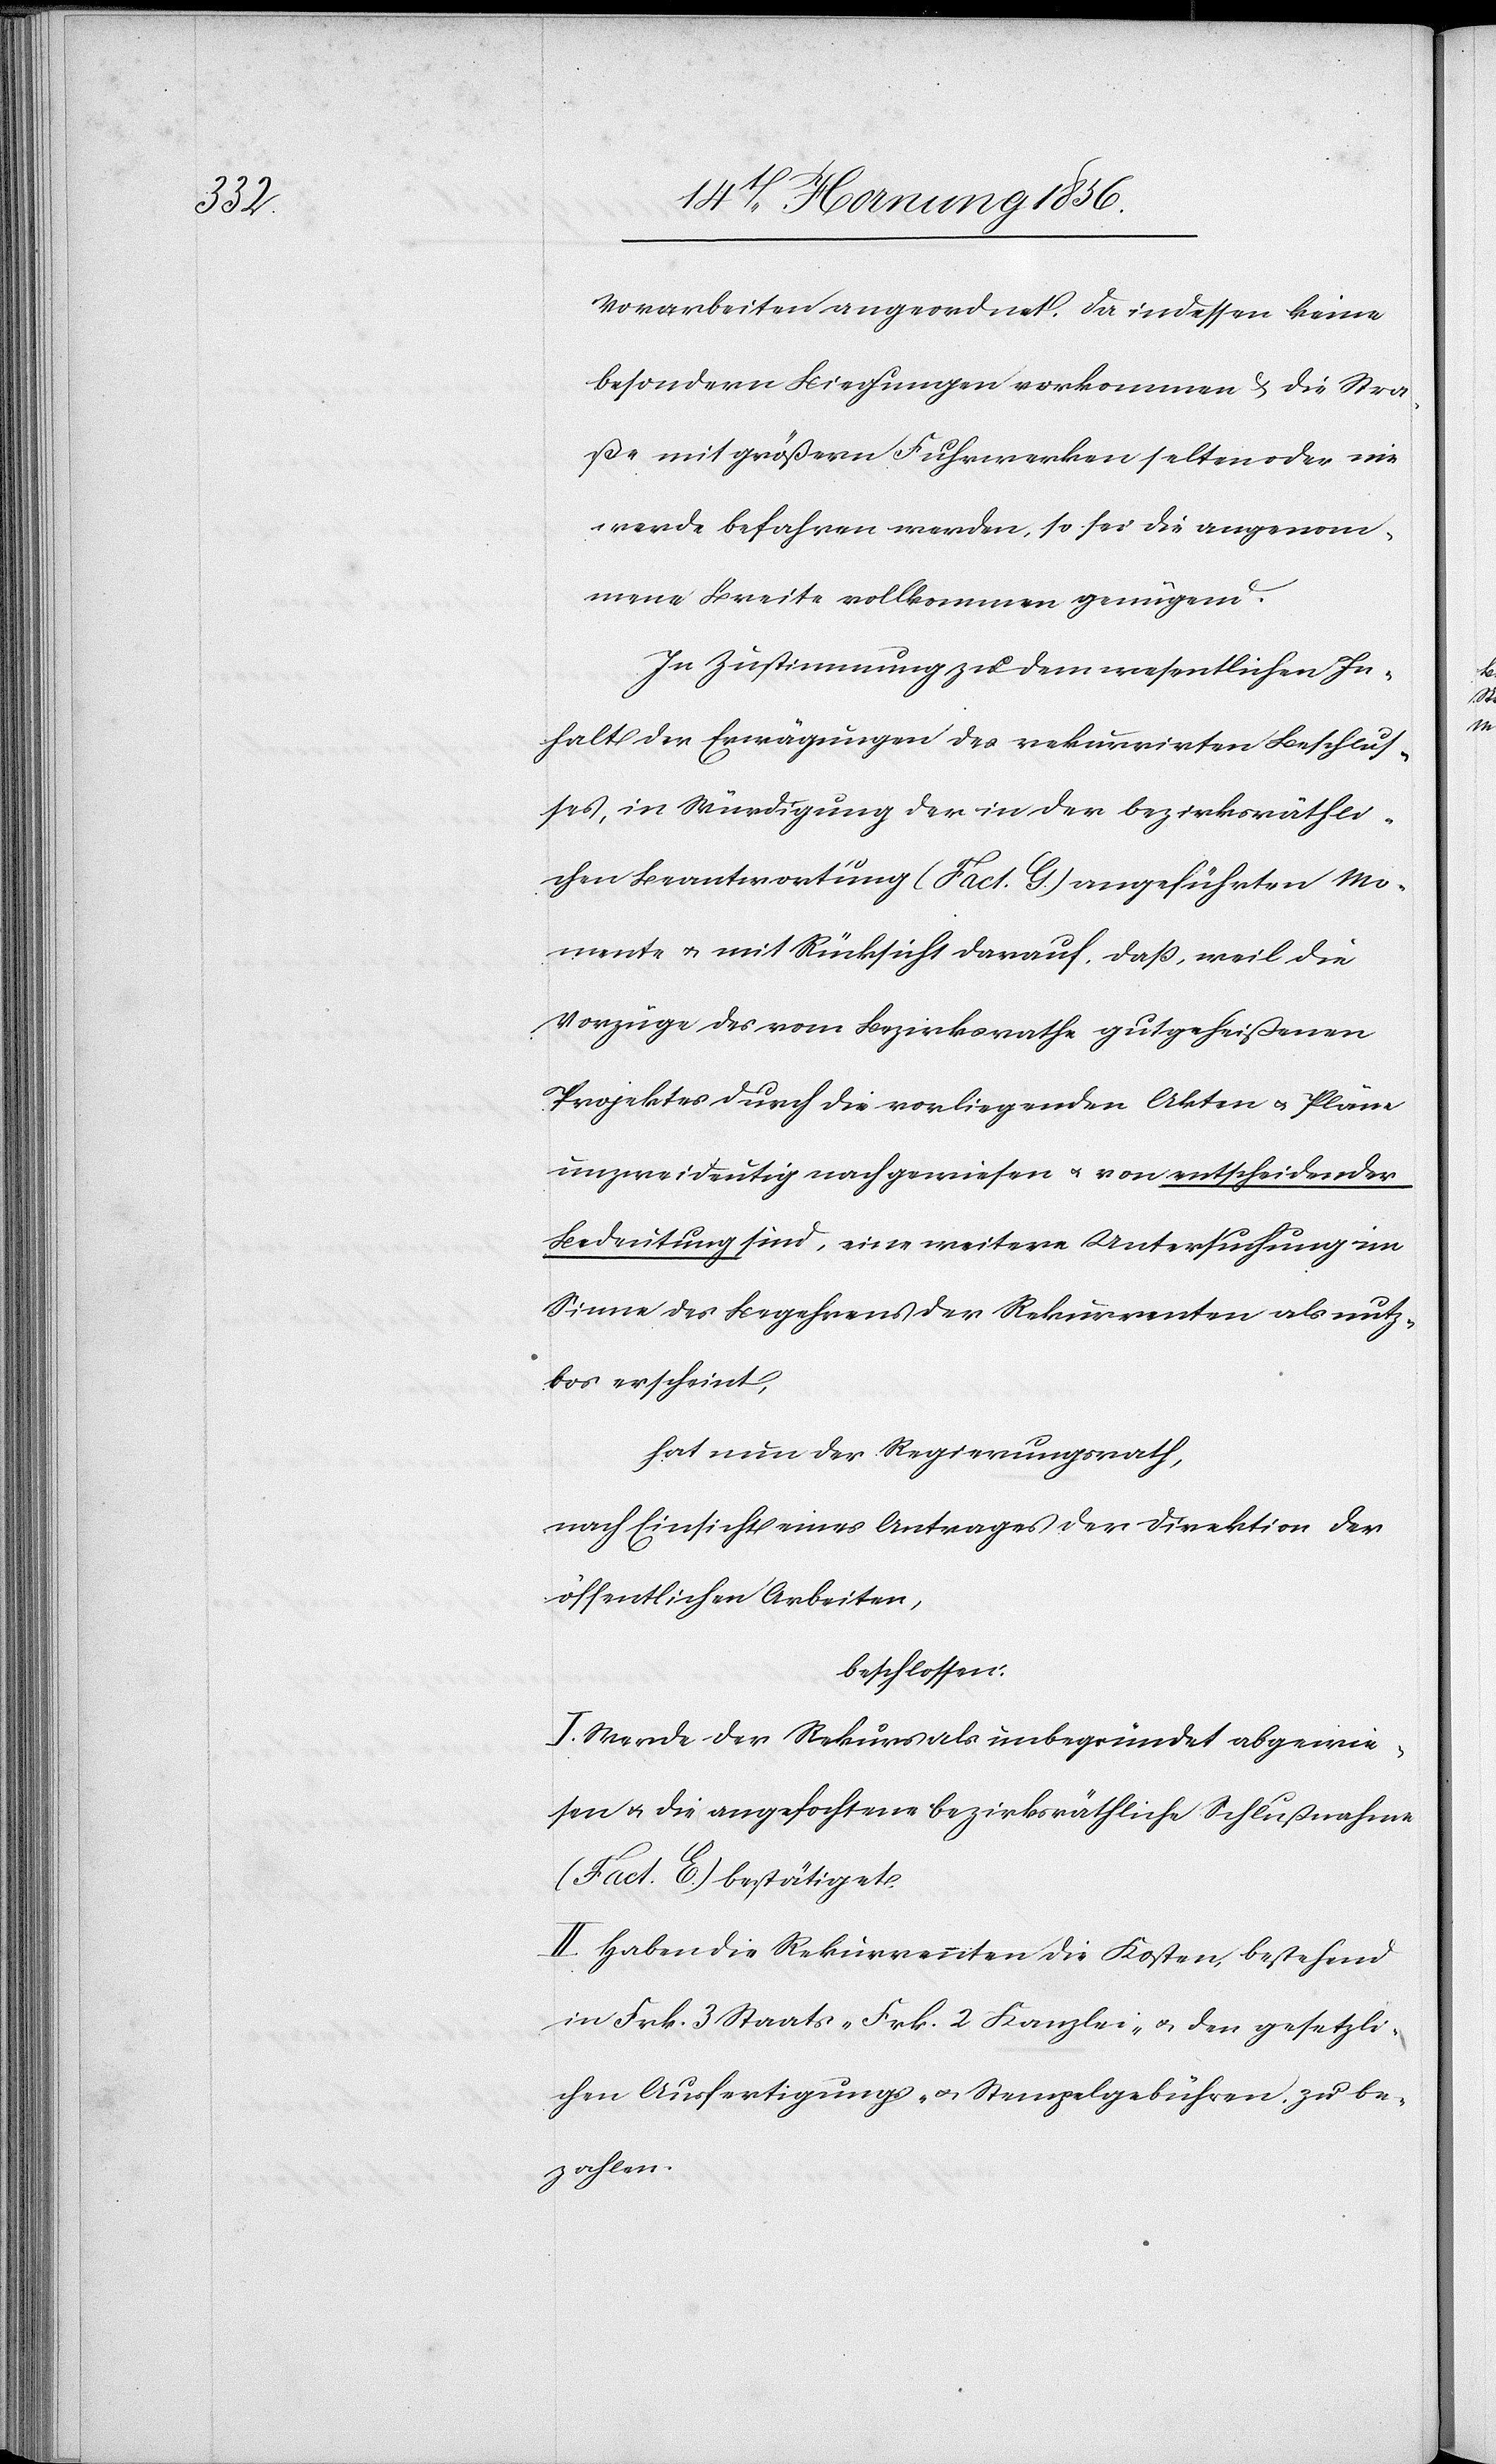
Vorarbeiten angeordnet. Da indessen keine
besondern Biegungen vorkommen & die Stra¬
ße mit größern Fuhrwerken selten oder nie
werde befahren werden, so sei die angenom¬
mene Breite vollkommen genügend.
In Zustimmung zu dem wesentlichen In¬
halt der Erwägungen des rekurrirten Beschlus¬
ses, in Würdigung der in der bezirksräthli¬
chen Beantwortung (Fact. G.) angeführten Mo¬
mente u. mit Rücksicht darauf, daß, weil die
Vorzüge des vom Bezirksrathe gutgeheißenen
Projektes durch die vorliegende Akten u. Pläne
unzweideutig nachgewiesen u. von entscheidender
Bedeutung sind, eine weitere Untersuchung im
Sinne des Begehrens der Rekurrenten als nutz¬
los erscheint,
hat der Regierungsrath,
nach Einsicht eines Antrages der Direktion der
öffentlichen Arbeiten,
beschlossen:
I. Werde der Rekurs als unbegründet abgewie¬
sen u. die angefochtene bezirksräthliche Schlußnahme
(Fact. E.) bestätiget.
II. Haben die Rekurrenten die Kosten, bestehend
in Frk. 3 Staats-[,] Frk. 2 Kanzlei- u. den gesetzli¬
chen Ausfertigungs- u. Stempelgebühren zu be¬
zahlen.